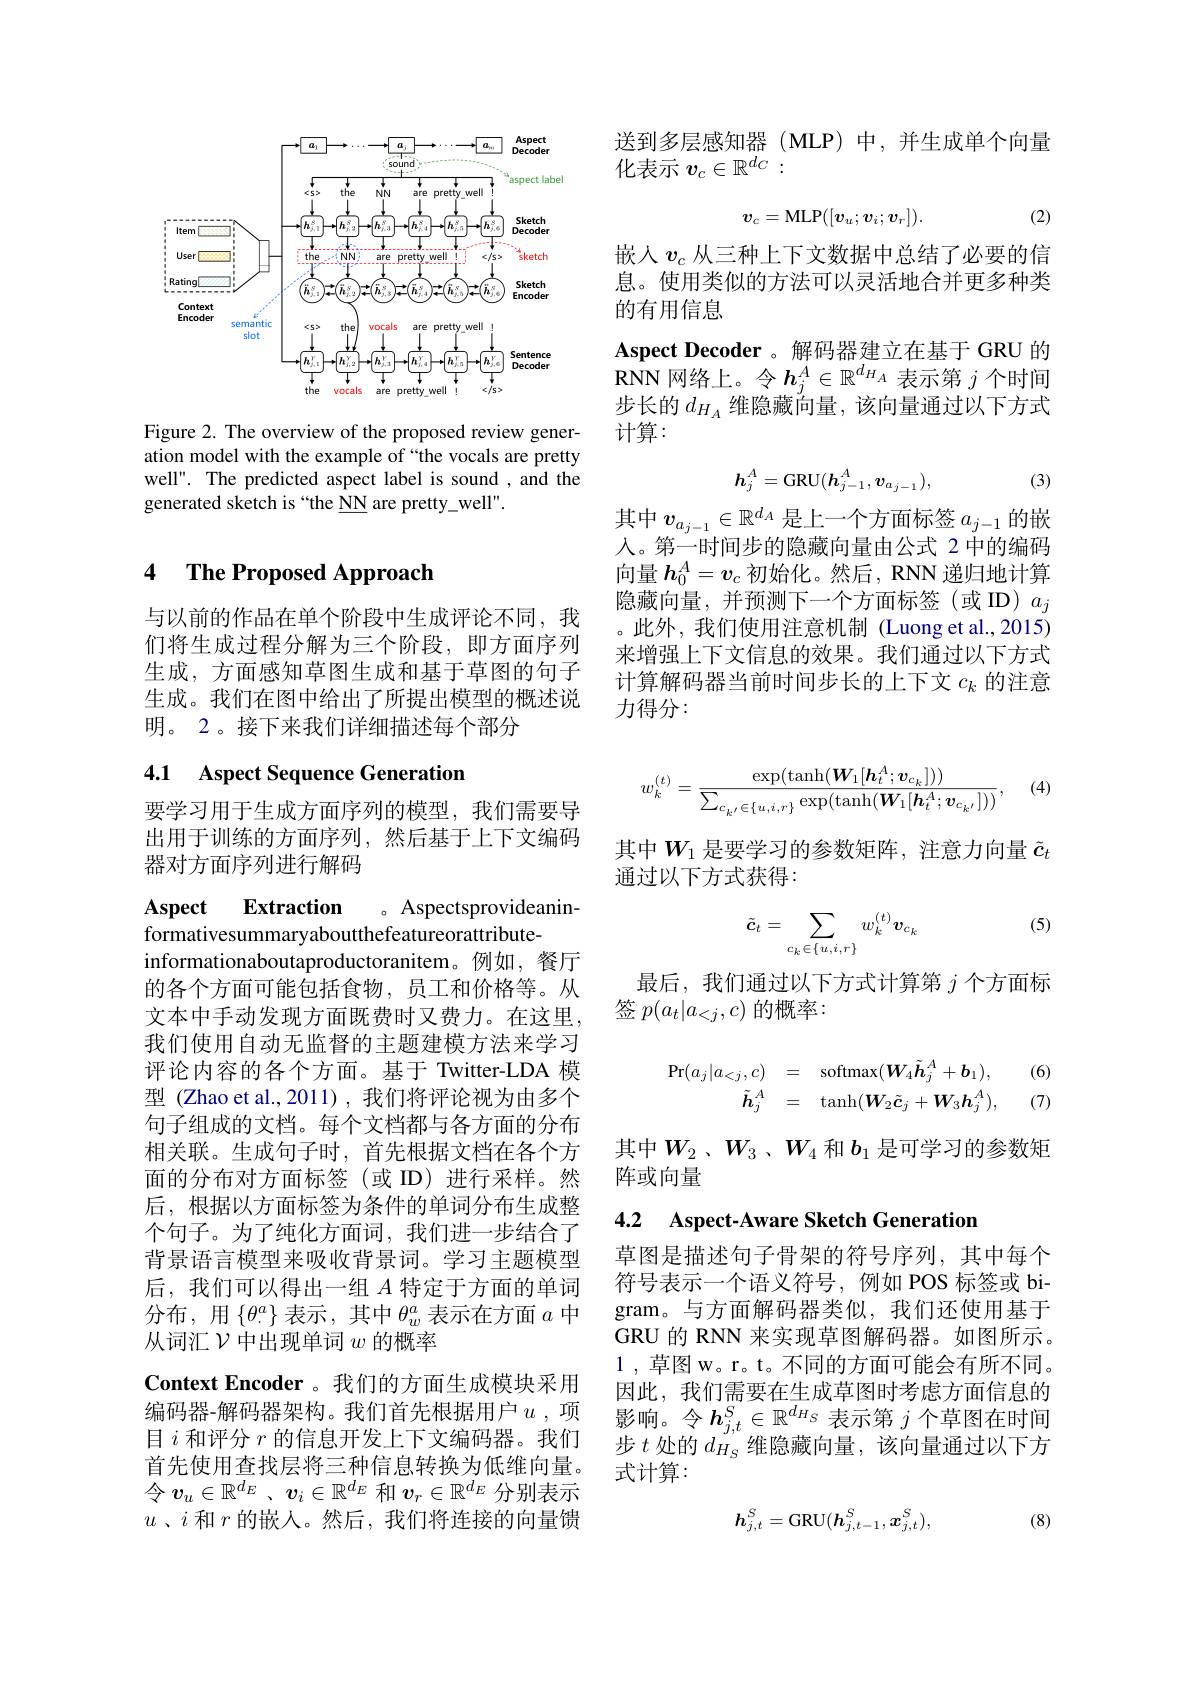
<FigureHere>

Figure 2. The overview of the proposed review generation model with the example of “the vocals are pretty well". The predicted aspect label is sound , and the generated sketch is “the NN are pretty\_well".

### 4 $\textbf{The Proposed Approach}$

与以前的作品在单个阶段中生成评论不同，我们将生成过程分解为三个阶段，即方面序列生成，方面感知草图生成和基于草图的句子生成。我们在图中给出了所提出模型的概述说明。2。接下来我们详细描述每个部分

# 4.1 Aspect Sequence Generation

要学习用于生成方面序列的模型，我们需要导出用于训练的方面序列，然后基于上下文编码器对方面序列进行解码

Aspect Extraction 。Aspectsprovideanin-
formativesummaryaboutthefeatureorattribute-
informationaboutaproductoranitem。例如，餐厅的各个方面可能包括食物，员工和价格等。从文本中手动发现方面既费时又费力。在这里。我们使用自动无监督的主题建模方法来学习评论内容的各个方面。基于 Twitter-LDA 模型 (Zhao et al.,2011), 我们将评论视为由多个句子组成的文档。每个文档都与各方面的分布相关联。生成句子时，首先根据文档在各个方面的分布对方面标签(或 ID)进行采样。然后，根据以方面标签为条件的单词分布生成整个句子。为了纯化方面词，我们进一步结合了背景语言模型来吸收背景词。学习主题模型后，我们可以得出一组$A$特定于方面的单词分布，用$\left\{\theta_{\cdot}^a\right\}$表示，其中$\theta_w^a$ 表示在方面 $a$ 中从词汇$\mathcal{V}$中出现单词$w$的概率
Context Encoder 。我们的方面生成模块采用编码器-解码器架构。我们首先根据用户$u$ ,项目$i$和评分$r$的信息开发上下文编码器。我们首先使用查找层将三种信息转换为低维向量。令$v_u\in\mathbb{R}^{d_E}$、$v_i\in\mathbb{R}^d_E$和$v_r\in\mathbb{R}^d_E$分别表示$u$、$i$和$r$的嵌入。然后，我们将连接的向量馈

送到多层感知器(MLP)中，并生成单个向量
化表示$v_c\in\mathbb{R}^d_C:$

(2)
$$\boldsymbol{v}_c=\mathrm{MLP}([\boldsymbol{v}_u;\boldsymbol{v}_i;\boldsymbol{v}_r]).$$
嵌人$v_c$ 从三种上下文数据中总结了必要的信息。使用类似的方法可以灵活地合并更多种类的有用信息

$\mathbf{Aspect~Decoder~}$。解码器建立在基于 GRU 的RNN 网络上。令$h_j^A\in\mathbb{R}^{d_H_A}$表示第$j$个时间步长的$d_H_A$维隐藏向量，该向量通过以下方式计算：
$$h_j^A=\mathrm{GRU}(h_{j-1}^A,v_{a_{j-1}}),$$
(3)

其中$v_{a_{j-1}}\in\mathbb{R}^{d_A}$是上一个方面标签$a_j-1$的嵌入。第一时间步的隐藏向量由公式 2 中的编码向量$h_0^A=v_c$初始化。然后，RNN 递归地计算隐藏向量，并预测下一个方面标签(或 ID)$a_j$ 。此外，我们使用注意机制 (Luong et al.,2015) 来增强上下文信息的效果。我们通过以下方式计算解码器当前时间步长的上下文$c_k$的注意力得分：

(4)
$$w_{k}^{(t)}=\frac{\exp(\tanh(\boldsymbol{W}_{1}[\boldsymbol{h}_{t}^{A};\boldsymbol{v}_{c_{k}}]))}{\sum_{c_{k'}\in\{u,i,r\}}\exp(\tanh(\boldsymbol{W}_{1}[\boldsymbol{h}_{t}^{A};\boldsymbol{v}_{c_{k'}}]))},$$
其中$W_1$ 是要学习的参数矩阵，注意力向量 $\tilde{c}_t$
通过以下方式获得：

(5)
$$\tilde{\boldsymbol{c}}_t=\sum_{c_k\in\{u,i,r\}}w_k^{(t)}\boldsymbol{v}_{c_k}$$
最后，我们通过以下方式计算第$j$个方面标
签$p(a_t|a_{<j},c)$的概率：
$$\begin{aligned}\Pr(a_{j}|a_{<j},c)&=\quad\mathrm{softmax}(\boldsymbol{W}_{4}\tilde{\boldsymbol{h}}_{j}^{A}+\boldsymbol{b}_{1}),\quad(6\\\tilde{\boldsymbol{h}}_{j}^{A}&=\quad\mathrm{tanh}(\boldsymbol{W}_{2}\tilde{\boldsymbol{c}}_{j}+\boldsymbol{W}_{3}\boldsymbol{h}_{j}^{A}),\quad(7\end{aligned}$$
其中$W_2$、$W_3$、$W_4$和$b_1$是可学习的参数矩
阵或向量

4.2 Aspect-Aware Sketch Generation

草图是描述句子骨架的符号序列，其中每个符号表示一个语义符号，例如 POS 标签或 bigram。与方面解码器类似，我们还使用基于GRU 的 RNN 来实现草图解码器。如图所示。1,草图 w。r。t。不同的方面可能会有所不同。因此，我们需要在生成草图时考虑方面信息的影响。令$h_{j,t}^S\in\mathbb{R}^{d_H_S}$表示第$j$个草图在时间步$t$处的$d_H_S$维隐藏向量，该向量通过以下方式计算：

(8)
$$h_{j,t}^S=\mathrm{GRU}(h_{j,t-1}^S,x_{j,t}^S),$$